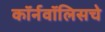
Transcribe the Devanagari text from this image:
कॉर्नवॉलिसचे